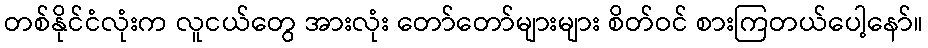
တစ်နိုင်ငံလုံးက လူငယ်တွေ အားလုံး တော်တော်များများ စိတ်ဝင် စားကြတယ်ပေါ့နော်။